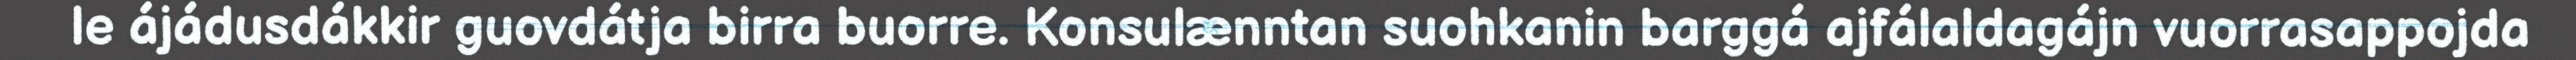
le ájádusdákkir guovdátja birra buorre. Konsulænntan suohkanin barggá ajfálaldagájn vuorrasappojda